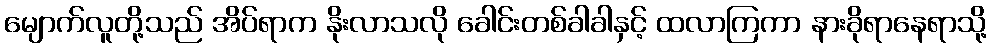
မျောက်လူတို့သည် အိပ်ရာက နိုးလာသလို ခေါင်းတစ်ခါခါနှင့် ထလာကြကာ နားခိုရာနေရာသို့